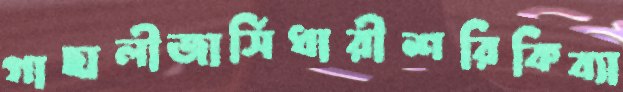
গাছালীজার্সিধারীশরিকিব্যা